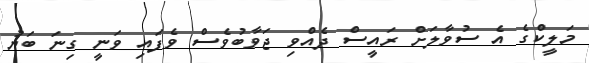
މަލީކްގެ އެ ސުވާލަށް ރައީސް ދެއްވި ޖަވާބުވެސް ވެފައި ވަނީ ގިނަ ބަޔު